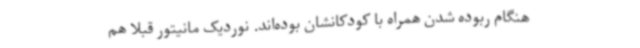
هنگام ربوده شدن همراه با کودکانشان بوده‌اند. نوردیک مانیتور قبلا هم